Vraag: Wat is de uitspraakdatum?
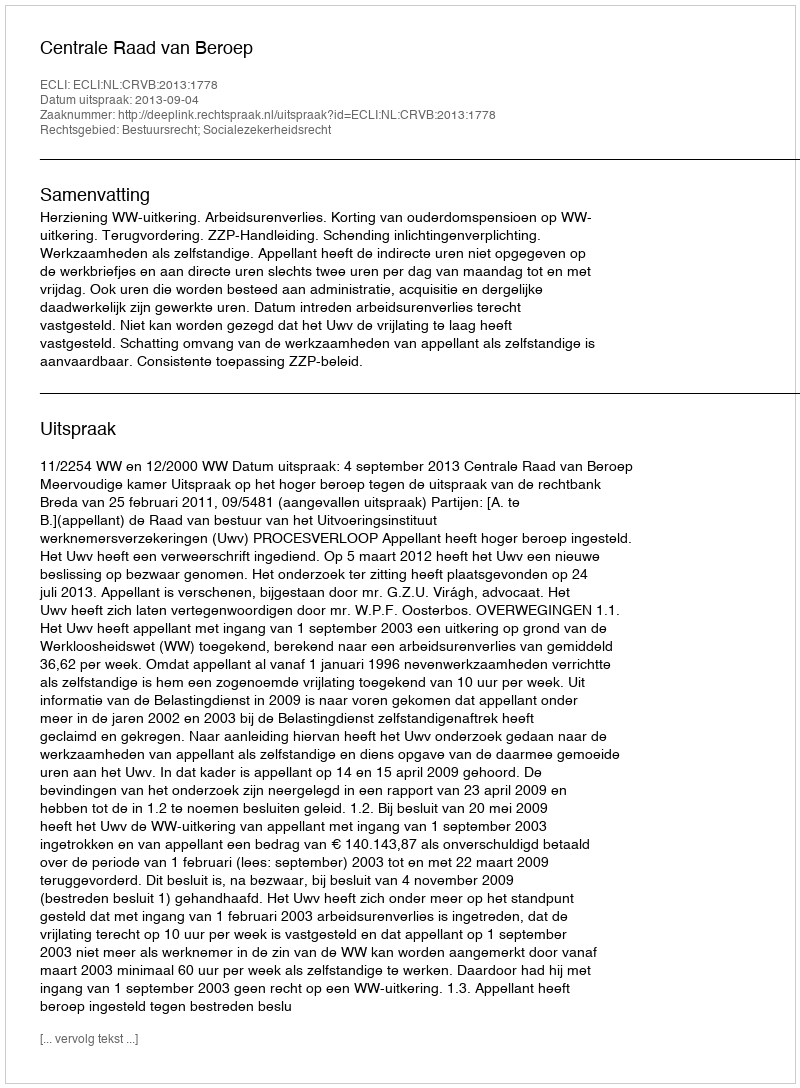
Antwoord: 2013-09-04